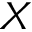
X